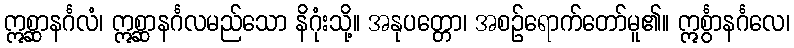
ဣစ္ဆာနင်္ဂလံ၊ ဣစ္ဆာနင်္ဂလမည်သော နိဂုံးသို့။ အနုပတ္တော၊ အစဉ်ရောက်တော်မူ၏။ ဣင်္စွာနင်္ဂလေ၊